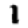
Digit: 1